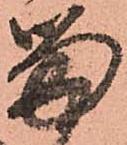
留